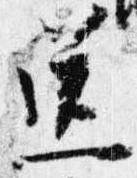
送